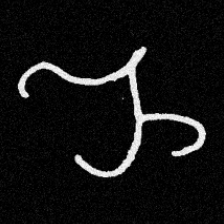
Pyu character \u2014 Myanmar letter: ည (romanized: nya)